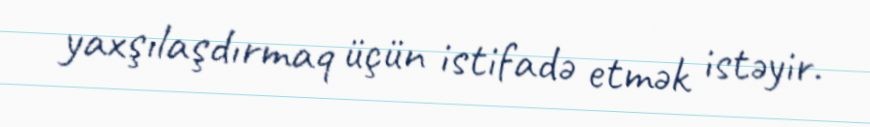
yaxşılaşdırmaq üçün istifadə etmək istəyir.